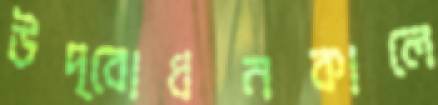
উদ্বোধনকালে